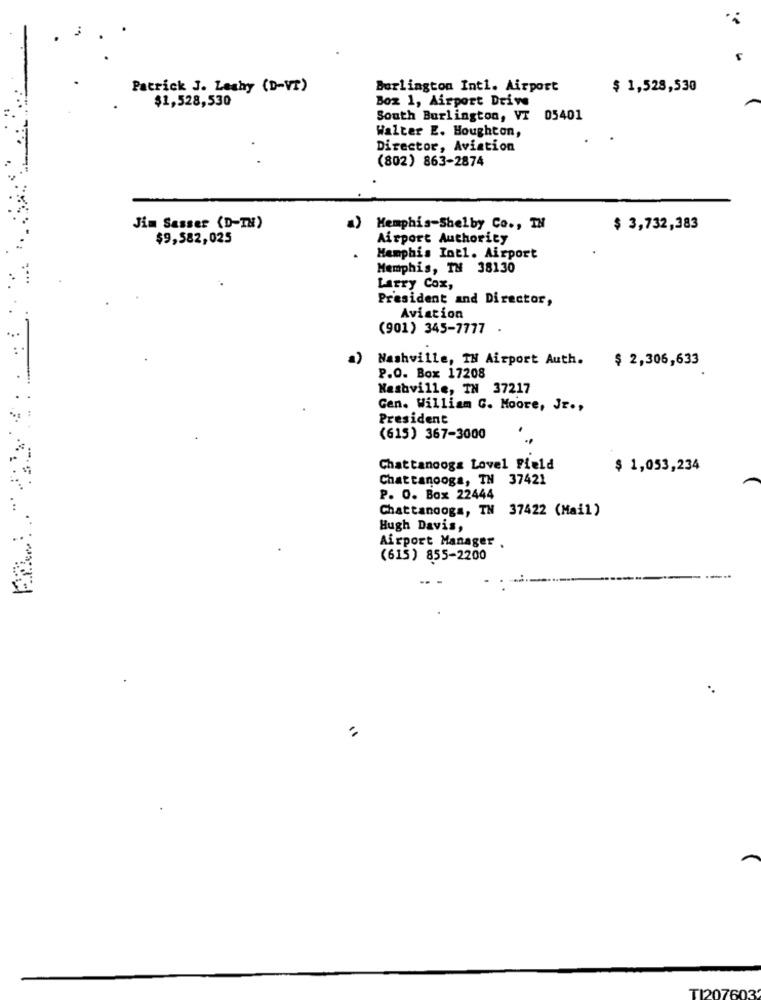
Patrick J. Leahy (D-VT)
Burlington Intl. Airport
$ 1,528,530
$1,528,530
Box 1, Airport Drive
South Burlington, VI 05401
Walter E. Houghton,
Director, Aviation
(802) 863-2874
Jim Sasser (D-TH)
Memphis-Shelby Co ., TH
$ 3,732,383
$9,582,025
Airport Authority
Memphis Intl. Airport
Memphis, TH 38130
Larry Cox,
President and Director,
Aviation
(901) 345-7777 .
a) Nashville, TN Airport Auth.
$ 2,306,633
P.O. Box 17208
Nashville, IN 37217
Gen. William C. Moore, Jr .,
President
(615) 367-3000
Chattanooga Lovel Field
$ 1,053,234
Chattanooga, TN 37421
P. O. Box 22444
Chattanooga, TN 37422 (Mail)
Hugh Davis,
Airport Manager .
(615) 855-2200
TI207603'